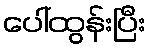
ပေါ်ထွန်းပြီး